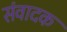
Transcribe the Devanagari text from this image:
संवादक